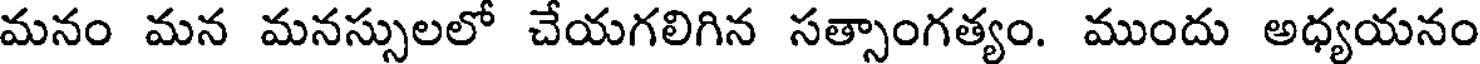
మనం మన మనస్సులలో చేయగలిగిన సత్సాంగత్యం. ముందు అధ్యయనం